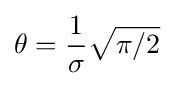
\theta ={\frac {1}{\sigma }}{\sqrt {\pi /2}}